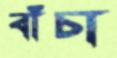
বাঁচা